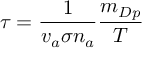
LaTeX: \tau = \frac { 1 } { v _ { a } \sigma n _ { a } } \frac { m _ { D p } } { T }